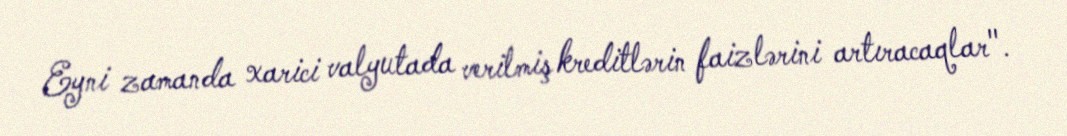
Eyni zamanda xarici valyutada verilmiş kreditlərin faizlərini artıracaqlar".